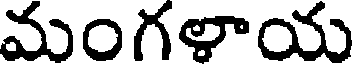
మంగళాయ